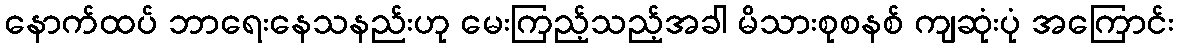
နောက်ထပ် ဘာရေးနေသနည်းဟု မေးကြည့်သည့်အခါ မိသားစုစနစ် ကျဆုံးပုံ အကြောင်း